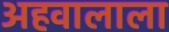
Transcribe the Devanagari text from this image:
अहवालाला